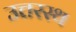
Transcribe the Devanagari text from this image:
उत्तरस्थ